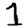
Digit: 1